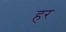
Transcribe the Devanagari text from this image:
हर